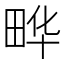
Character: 𮵀